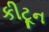
કીટૂન